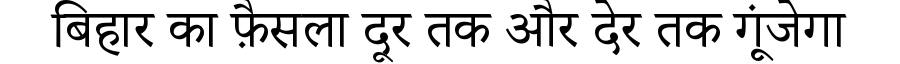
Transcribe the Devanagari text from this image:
बिहार का फ़ैसला दूर तक और देर तक गूंजेगा